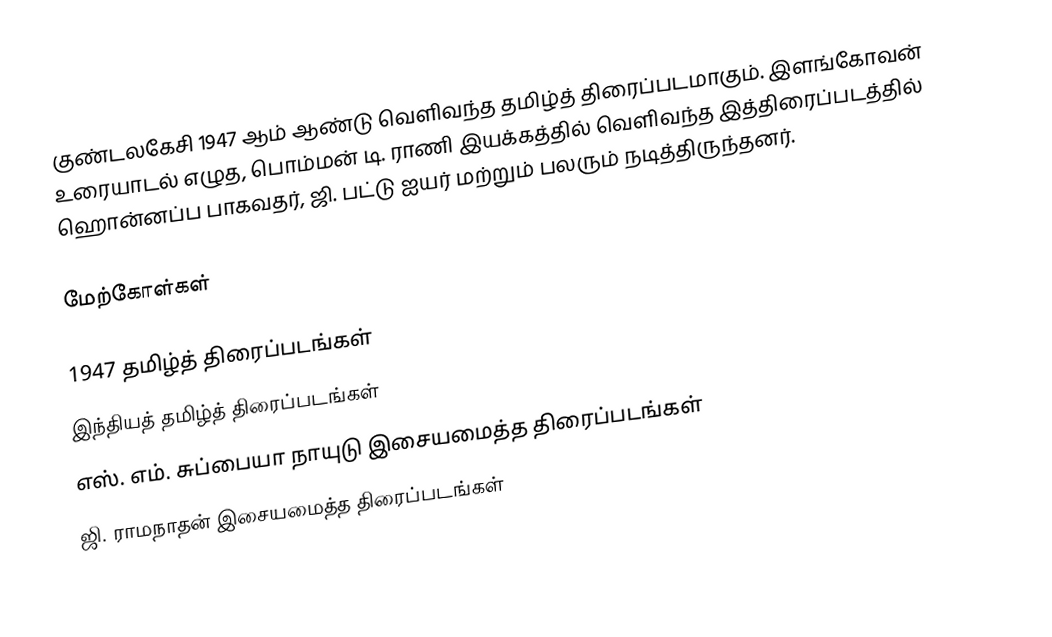
குண்டலகேசி 1947 ஆம் ஆண்டு வெளிவந்த தமிழ்த் திரைப்படமாகும். இளங்கோவன் உரையாடல் எழுத, பொம்மன் டி. ராணி இயக்கத்தில் வெளிவந்த இத்திரைப்படத்தில் ஹொன்னப்ப பாகவதர், ஜி. பட்டு ஐயர் மற்றும் பலரும் நடித்திருந்தனர்.

மேற்கோள்கள்

1947 தமிழ்த் திரைப்படங்கள்
இந்தியத் தமிழ்த் திரைப்படங்கள்
எஸ். எம். சுப்பையா நாயுடு இசையமைத்த திரைப்படங்கள்
ஜி. ராமநாதன் இசையமைத்த திரைப்படங்கள்